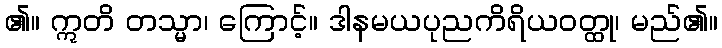
၏။ ဣတိ တသ္မာ၊ ကြောင့်။ ဒါနမယပုညကိရိယဝတ္ထု၊ မည်၏။